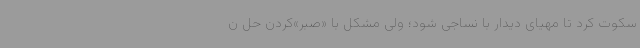
سکوت کرد تا مهیای دیدار با نساجی شود؛ ولی مشکل با «صبر»‌کردن حل ن